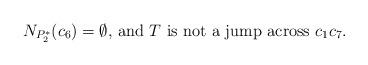
LaTeX: \begin{align*}\mbox{$N_{P_2^*}(c_6)=\emptyset$, and $T$ is not a jump across $c_1c_7$.}\end{align*}